Document type: Oath
Year: 1405
Scribe: Guillem de Lledó
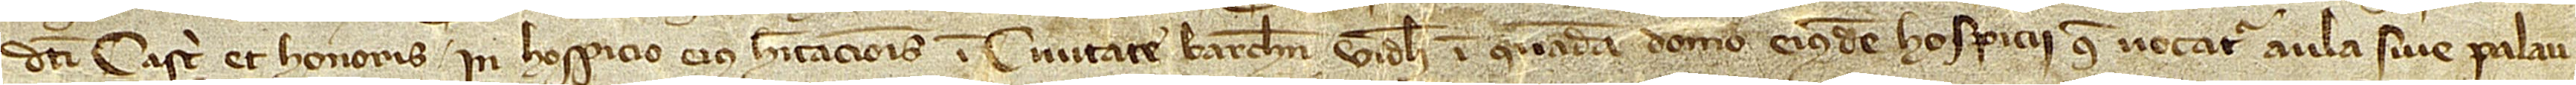
dicti castri et honoris, in hospicio eius habitacionis in civitate Barchinone, videlicet, in quadam domo eiusdem hospicii que vocatur aula sive palau